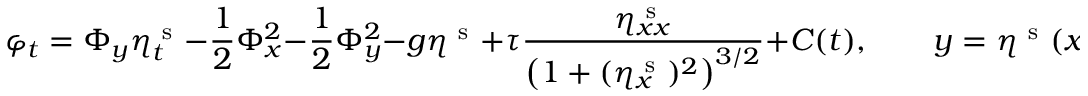
\varphi _ { t } = \Phi _ { y } \eta _ { t } ^ { \mathrm { ~ s ~ } } - \frac { 1 } { 2 } \Phi _ { x } ^ { 2 } - \frac { 1 } { 2 } \Phi _ { y } ^ { 2 } - g \eta ^ { \mathrm { ~ s ~ } } + \tau \frac { \eta _ { x x } ^ { \mathrm { ~ s ~ } } } { \big ( 1 + ( \eta _ { x } ^ { \mathrm { ~ s ~ } } ) ^ { 2 } \big ) ^ { 3 / 2 } } + C ( t ) , \qquad y = \eta ^ { \mathrm { ~ s ~ } } ( x , t ) ,